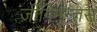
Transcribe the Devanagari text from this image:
ज़ीगिमन्तस